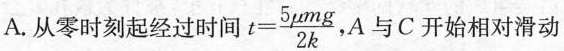
A.从零时刻起经过时间$$t = \frac { 5μ m g } { 2 k }$$ ，A与C开始相对滑动